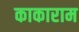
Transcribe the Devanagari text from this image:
काकाराम